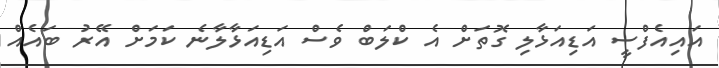
އައިއެފްސީ އަޑިއަޅާލި ގޮތަށް އެ ކްލަބް ވެސް އަޑިއަޅާލާނެ ކަމަށް އޭރު ބައެއް